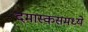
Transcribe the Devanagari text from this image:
दमास्कसमध्ये